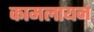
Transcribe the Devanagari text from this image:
कामलायन